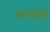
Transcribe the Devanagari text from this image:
सलास